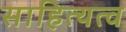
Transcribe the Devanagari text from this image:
साहित्यत्व